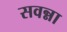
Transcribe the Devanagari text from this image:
सवन्ना